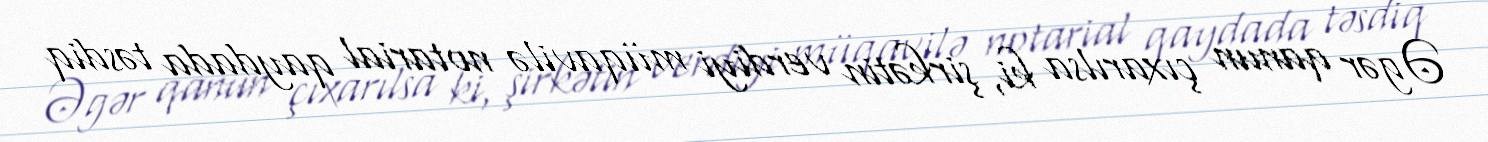
Əgər qanun çıxarılsa ki, şirkətin verdiyi müqavilə notarial qaydada təsdiq